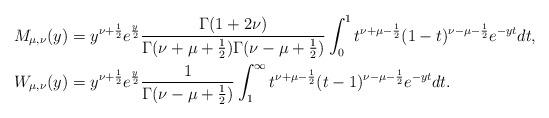
LaTeX: \begin{align*}M_{\mu,\nu}(y) &= y^{\nu+\frac{1}{2}}e^{\frac{y}{2}}\frac{\Gamma(1+2\nu)}{\Gamma(\nu+\mu+\frac{1}{2})\Gamma(\nu-\mu+\frac{1}{2})}\int_0^1 t^{\nu+\mu-\frac{1}{2}}(1-t)^{\nu-\mu-\frac{1}{2}}e^{-yt}dt,\\W_{\mu,\nu}(y) &= y^{\nu+\frac{1}{2}}e^{\frac{y}{2}}\frac{1}{\Gamma(\nu-\mu+\frac{1}{2})}\int_1^{\infty}t^{\nu+\mu-\frac{1}{2}}(t-1)^{\nu-\mu-\frac{1}{2}}e^{-yt}dt.\end{align*}